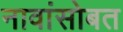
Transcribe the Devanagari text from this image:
नावांसोबत